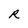
Character: R